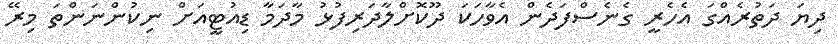
ދިޔަ ދަތުރެއްގަ އެހެރީ ގެނެސްފަދެން އެވާހަކަ ދޫކޮށްލާދަރިފުޅު މާދަމާ ޑިއުޓީއަށް ނިކުންނަންތަ މިރޭ